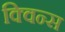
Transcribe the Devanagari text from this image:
क्विन्‍स